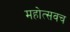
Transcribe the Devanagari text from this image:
महोत्सवच